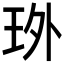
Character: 𤤫